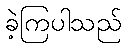
ခဲ့ကြပါသည်